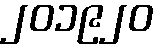
၂၀၁၉၂၀